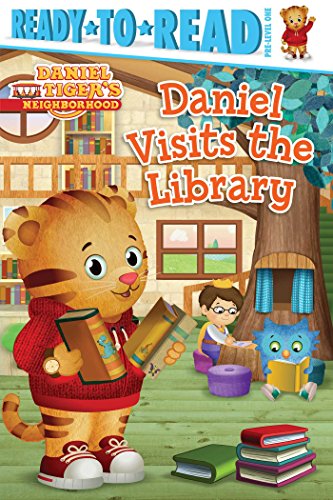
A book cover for Daniel Visits the Library (Daniel Tiger's Neighborhood); Children's Books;